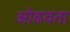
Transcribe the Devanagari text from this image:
ओढवता